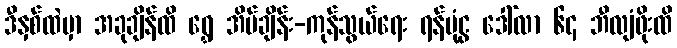
ဒီနှစ်ထဲမှာ အခုချိန်ထိ ရွှေ အိပ်ချိန်း-ကုန်သွယ်ရေး ရန်ပုံငွ ဒေါ်လာ ၆၄ ဘီလျံဖိုးထိ